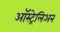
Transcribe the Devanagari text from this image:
ऑस्ट्रेलिअन